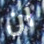
ان